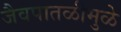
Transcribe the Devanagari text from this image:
जैवपातळीमुळे